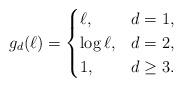
LaTeX: \begin{align*}g_d (\ell) = \begin{cases}\ell, &d=1,\\\log \ell, &d=2,\\1, &d \geq 3.\end{cases}\end{align*}